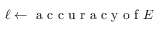
\ell \gets \mathrm { ~ a ~ c ~ c ~ u ~ r ~ a ~ c ~ y ~ o ~ f ~ } E